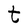
Character: t